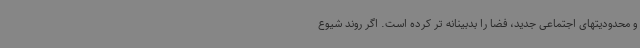
و محدودیتهای اجتماعی جدید، فضا را بدبینانه تر کرده است. اگر روند شیوع